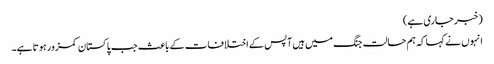
(خبر جاری ہے)
انہوں نے کہا کہ ہم حالت جنگ میں ہیں آپس کے اختلافات کے باعث جب پاکستان کمزور ہوتا ہے۔